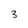
Character: 3